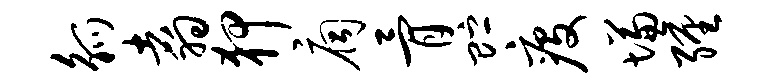
觚翥狎扃骨贮疫慊缠